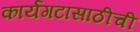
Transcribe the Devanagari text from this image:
कार्यगटांसाठीची